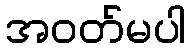
အဝတ်မပါ